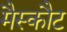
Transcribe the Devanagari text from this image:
मैस्कौट